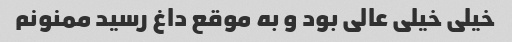
خیلی خیلی عالی بود و به موقع داغ رسید ممنونم